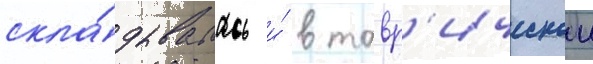
скла́дывалась и́ в тавр'ическои